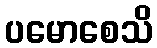
ပမောစေသိ